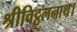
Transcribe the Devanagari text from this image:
श्रीविट्ठलनाथ।